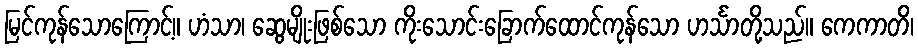
မြင်ကုန်သောကြောင့်။ ဟံသာ၊ ဆွေမျိုးဖြစ်သော ကိုးသောင်းခြောက်ထောင်ကုန်သော ဟင်္သာတို့သည်။ ကေကာတိ၊